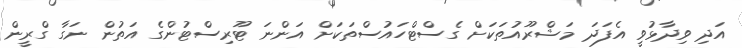
އަދި ވިދާޅުވީ އެފަދަ މަޝްރޫއުތަކަށް ގެސްޓްހައުސްތަކަށް އަންނަ ޓޫރިސްޓުންގެ އަތުން ނަގާ ގްރީން